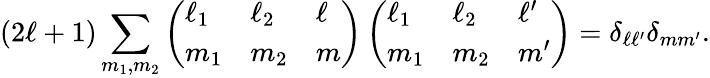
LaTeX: (2\ell+1)\sum_{m_{1},m_{2}}\left(\begin{array}{lll}{\ell_{1}}&{\ell_{2}}&{\ell}\\ {m_{1}}&{m_{2}}&{m}\end{array}\right)\left(\begin{array}{lll}{\ell_{1}}&{\ell_{2}}&{\ell^{\prime}}\\ {m_{1}}&{m_{2}}&{m^{\prime}}\end{array}\right)=\delta_{\ell\ell^{\prime}}\delta_{mm^{\prime}}.